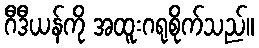
ဂီဒီယန်ကို အထူးဂရုစိုက်သည်။